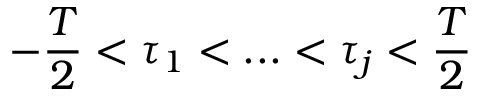
- { \frac { T } { 2 } } < \tau _ { 1 } < . . . < \tau _ { j } < { \frac { T } { 2 } }